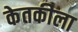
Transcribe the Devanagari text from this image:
केतकीला